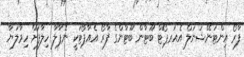
ފާރޯ އިންޓަނޭޝަނަލް އެއަރޕޯޓް ބޫޓާން ބޫޓާންގެ ފާރޯ އެއާޕޯޓަކީ ނޭޕާލާ ހިލާފަށް ހިމާލަޔާ